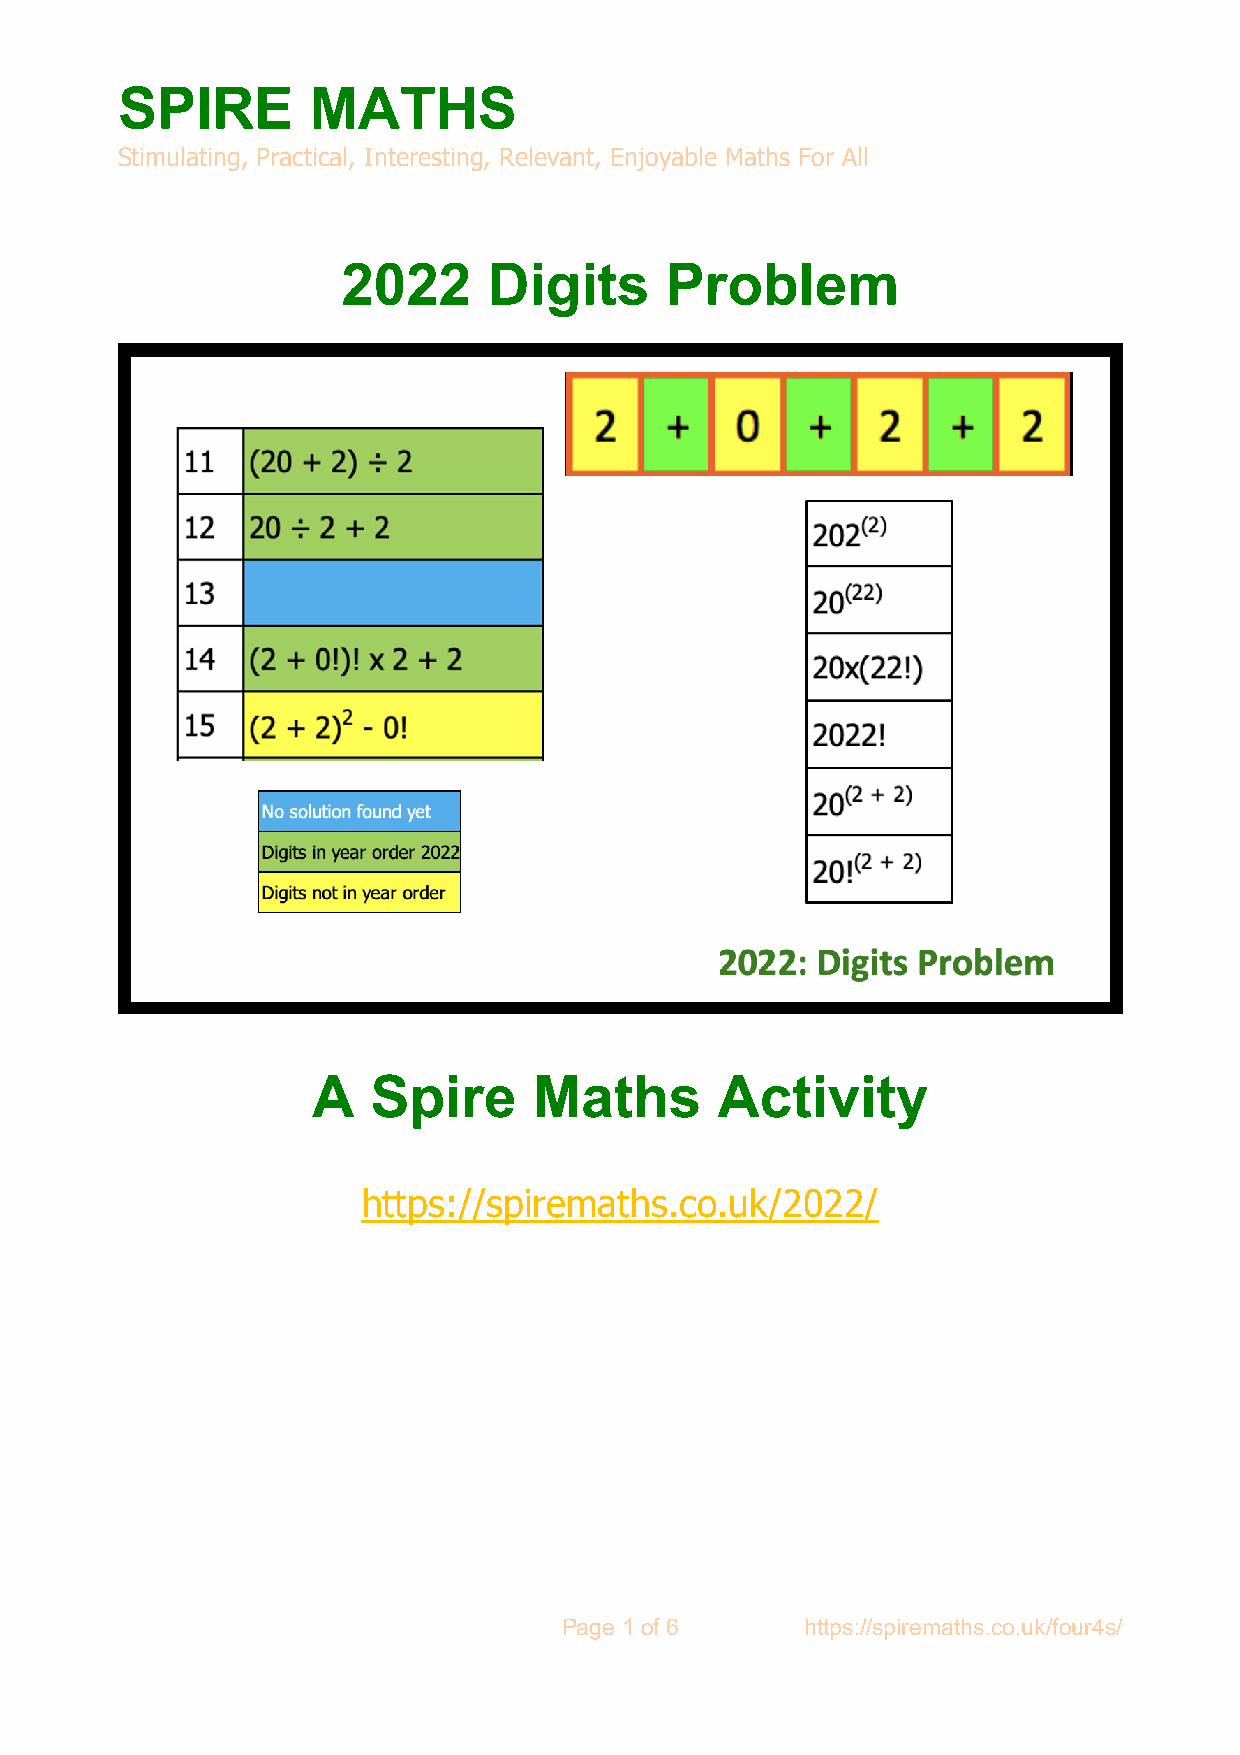
SPIRE       MATHS
 Stimulating, Practical, Interesting, Relevant, Enjoyable Maths For All
 2022     Digits      Problem
 A   Spire     Maths       Activity
 https://spiremaths.co.uk/2022/
 Page 1 of 6     https://spiremaths.co.uk/four4s/